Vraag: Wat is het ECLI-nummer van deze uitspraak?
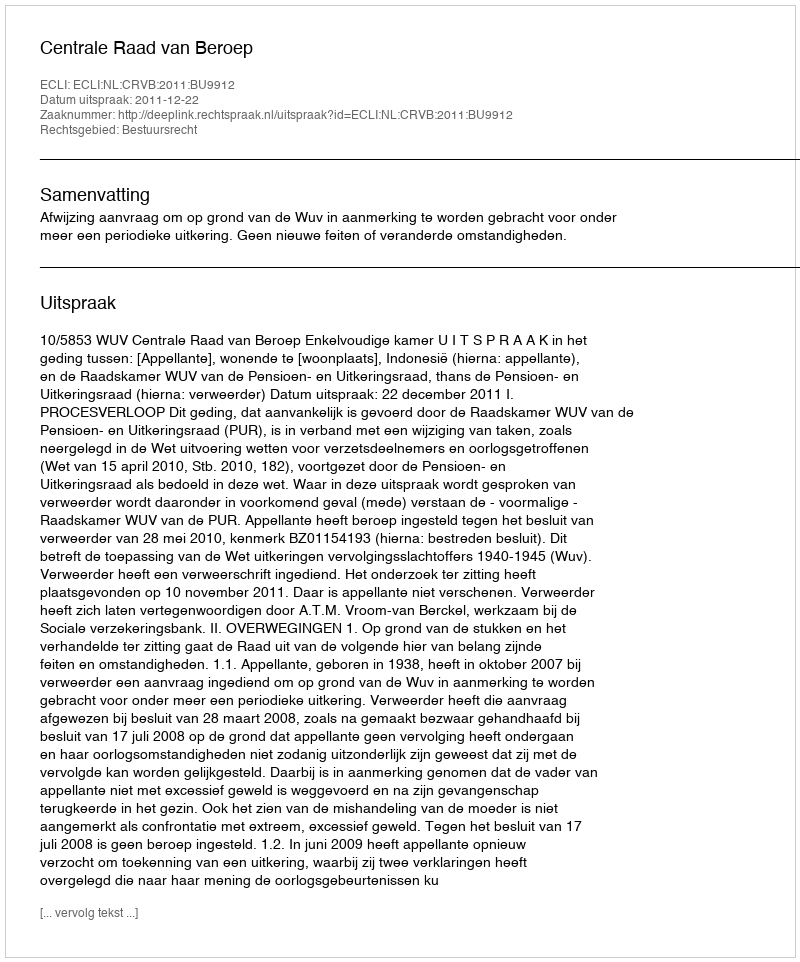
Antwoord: ECLI:NL:CRVB:2011:BU9912